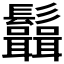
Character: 𩰆